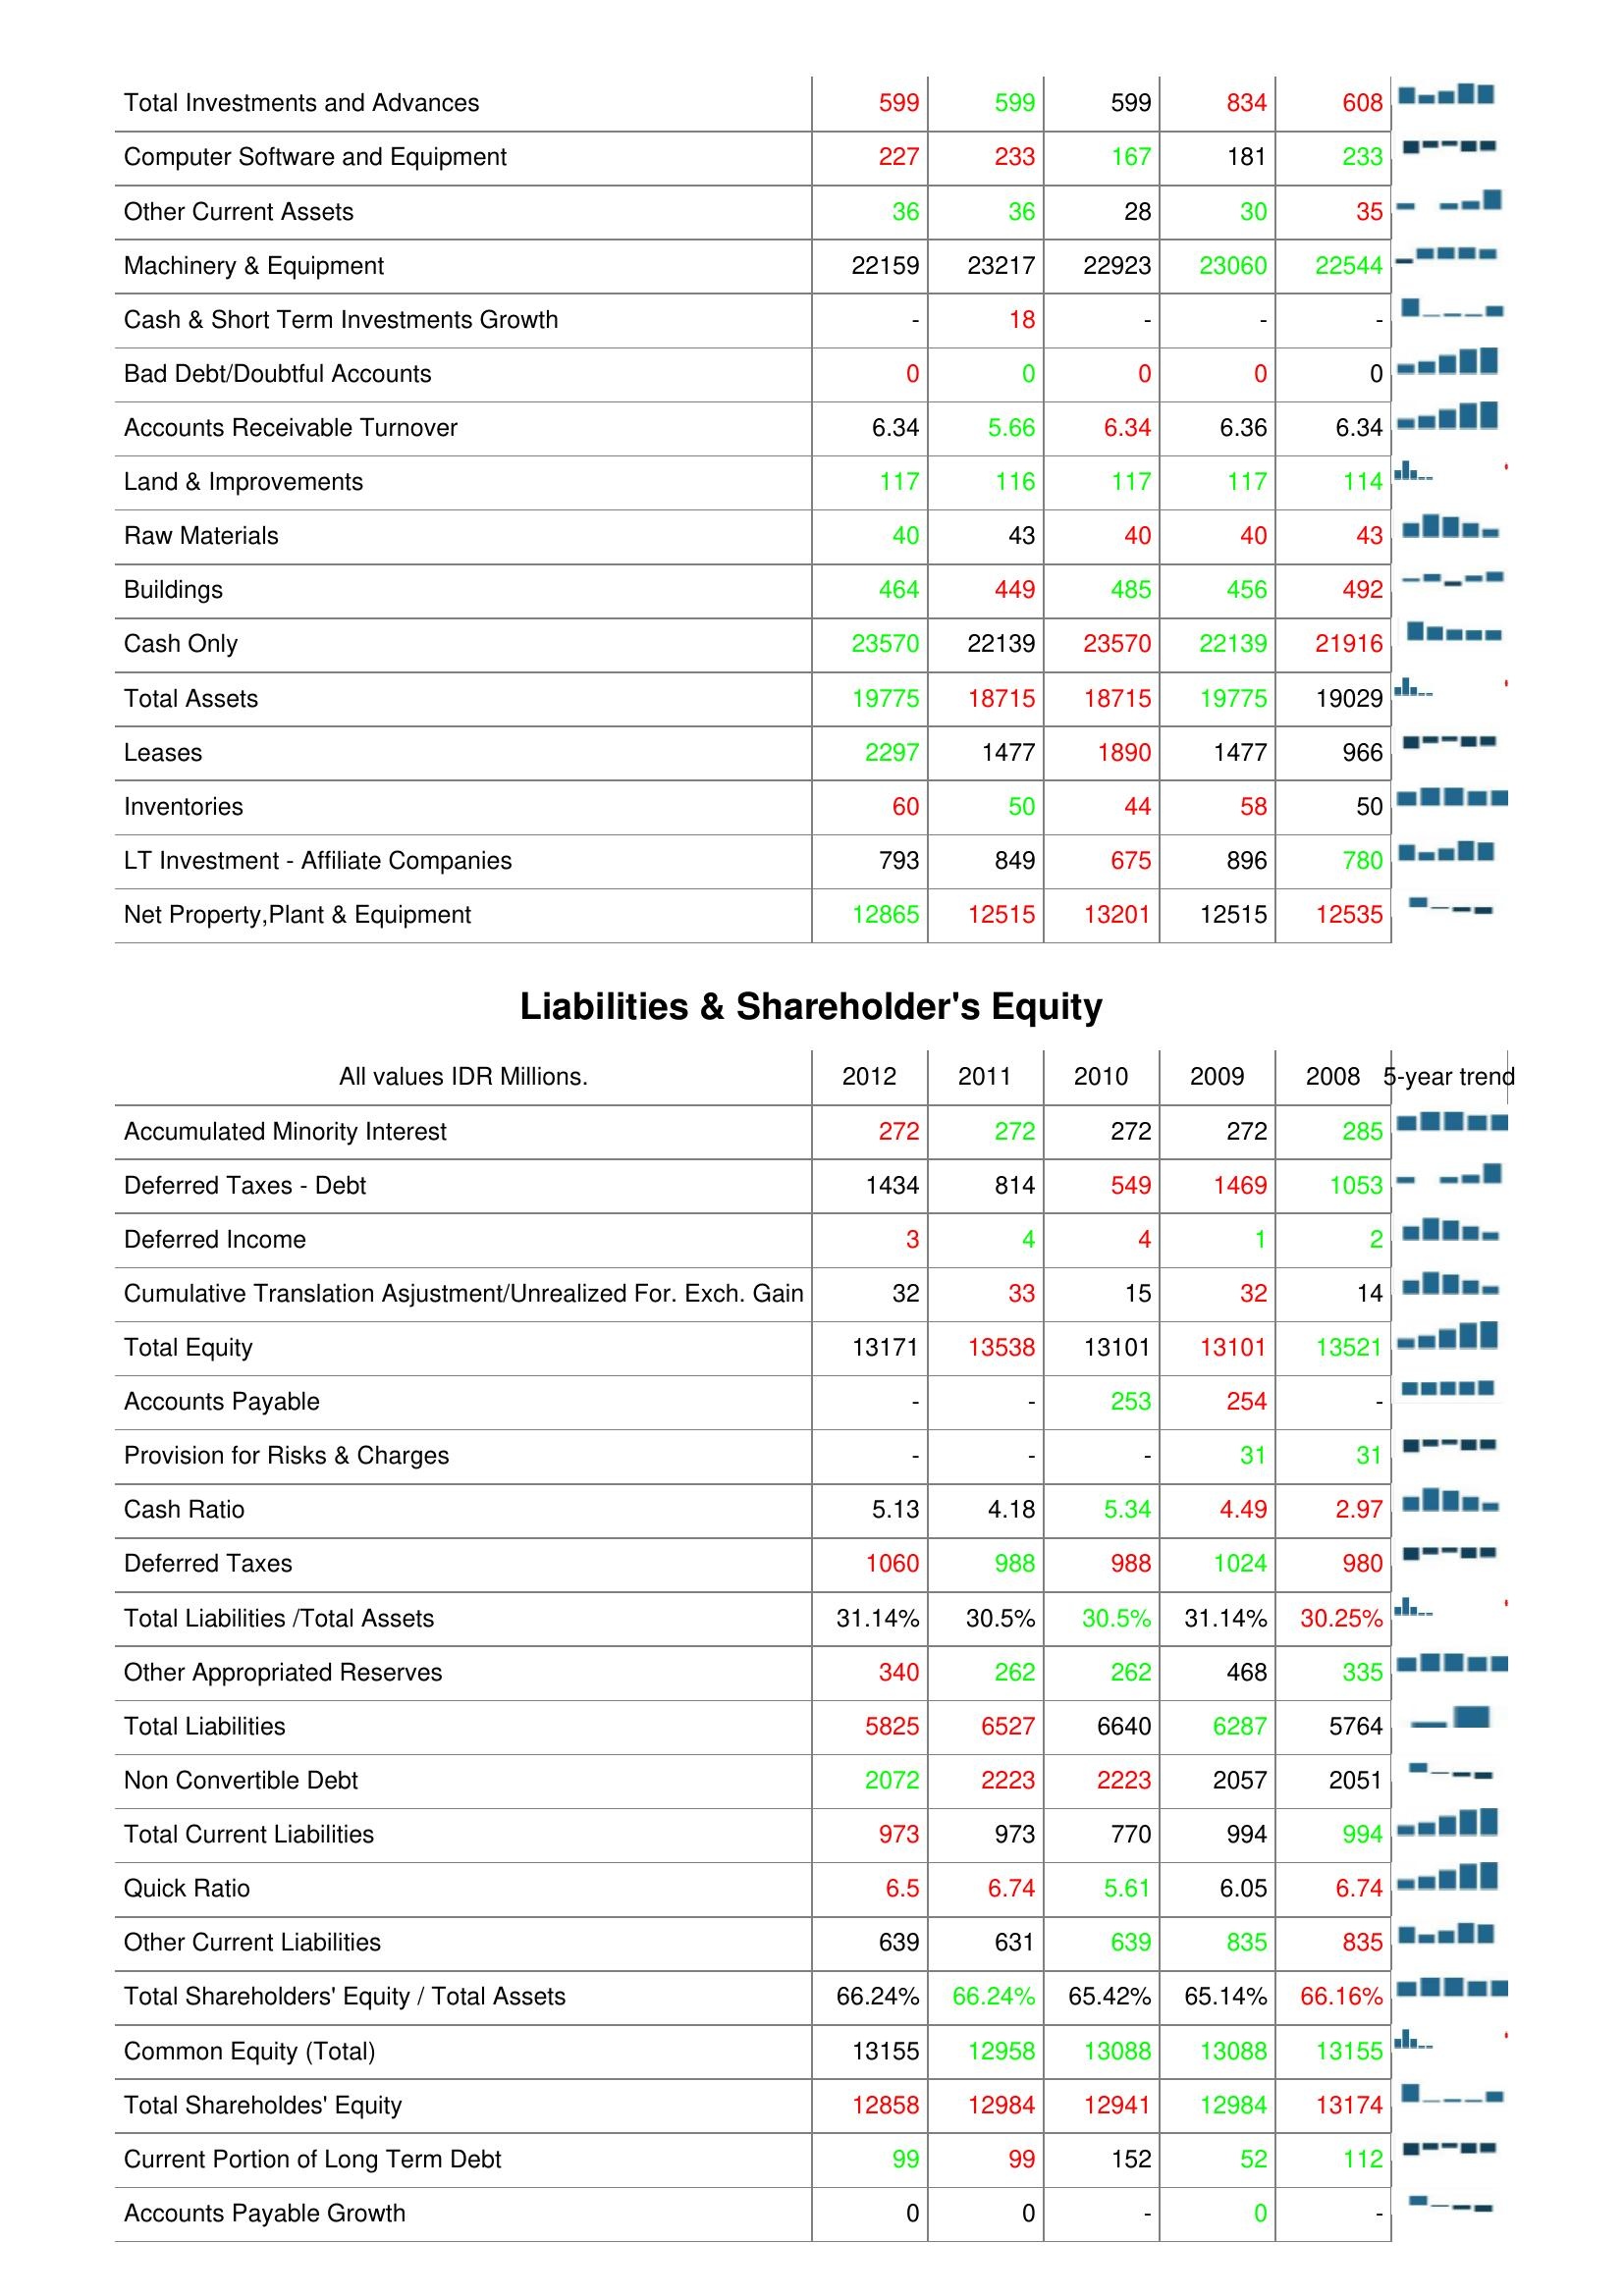
2012: Assets: Total Investments and Advances: 599
Computer Software and Equipment: 227
Other Current Assets: 36
Machinery & Equipment: 22159
Cash & Short Term Investments Growth: -
Bad Debt/Doubtful Accounts: 0
Accounts Receivable Turnover: 6.34
Land & Improvements: 117
Raw Materials: 40
Buildings: 464
Cash Only: 23570
Total Assets: 19775
Leases: 2297
Inventories: 60
LT Investment - Affiliate Companies: 793
Net Property,Plant & Equipment: 12865
Liabilities & Shareholder's Equity: Accumulated Minority Interest: 272
Deferred Taxes - Debt: 1434
Deferred Income: 3
Cumulative Translation Asjustment/Unrealized For. Exch. Gain: 32
Total Equity: 13171
Accounts Payable: -
Provision for Risks & Charges: -
Cash Ratio: 5.13
Deferred Taxes: 1060
Total Liabilities /Total Assets: 31.14%
Other Appropriated Reserves: 340
Total Liabilities: 5825
Non Convertible Debt: 2072
Total Current Liabilities: 973
Quick Ratio: 6.5
Other Current Liabilities: 639
Total Shareholders' Equity / Total Assets: 66.24%
Common Equity (Total): 13155
Total Shareholdes' Equity: 12858
Current Portion of Long Term Debt: 99
Accounts Payable Growth: 0
2011: Assets: Total Investments and Advances: 599
Computer Software and Equipment: 233
Other Current Assets: 36
Machinery & Equipment: 23217
Cash & Short Term Investments Growth: 18
Bad Debt/Doubtful Accounts: 0
Accounts Receivable Turnover: 5.66
Land & Improvements: 116
Raw Materials: 43
Buildings: 449
Cash Only: 22139
Total Assets: 18715
Leases: 1477
Inventories: 50
LT Investment - Affiliate Companies: 849
Net Property,Plant & Equipment: 12515
Liabilities & Shareholder's Equity: Accumulated Minority Interest: 272
Deferred Taxes - Debt: 814
Deferred Income: 4
Cumulative Translation Asjustment/Unrealized For. Exch. Gain: 33
Total Equity: 13538
Accounts Payable: -
Provision for Risks & Charges: -
Cash Ratio: 4.18
Deferred Taxes: 988
Total Liabilities /Total Assets: 30.5%
Other Appropriated Reserves: 262
Total Liabilities: 6527
Non Convertible Debt: 2223
Total Current Liabilities: 973
Quick Ratio: 6.74
Other Current Liabilities: 631
Total Shareholders' Equity / Total Assets: 66.24%
Common Equity (Total): 12958
Total Shareholdes' Equity: 12984
Current Portion of Long Term Debt: 99
Accounts Payable Growth: 0
2010: Assets: Total Investments and Advances: 599
Computer Software and Equipment: 167
Other Current Assets: 28
Machinery & Equipment: 22923
Cash & Short Term Investments Growth: -
Bad Debt/Doubtful Accounts: 0
Accounts Receivable Turnover: 6.34
Land & Improvements: 117
Raw Materials: 40
Buildings: 485
Cash Only: 23570
Total Assets: 18715
Leases: 1890
Inventories: 44
LT Investment - Affiliate Companies: 675
Net Property,Plant & Equipment: 13201
Liabilities & Shareholder's Equity: Accumulated Minority Interest: 272
Deferred Taxes - Debt: 549
Deferred Income: 4
Cumulative Translation Asjustment/Unrealized For. Exch. Gain: 15
Total Equity: 13101
Accounts Payable: 253
Provision for Risks & Charges: -
Cash Ratio: 5.34
Deferred Taxes: 988
Total Liabilities /Total Assets: 30.5%
Other Appropriated Reserves: 262
Total Liabilities: 6640
Non Convertible Debt: 2223
Total Current Liabilities: 770
Quick Ratio: 5.61
Other Current Liabilities: 639
Total Shareholders' Equity / Total Assets: 65.42%
Common Equity (Total): 13088
Total Shareholdes' Equity: 12941
Current Portion of Long Term Debt: 152
Accounts Payable Growth: -
2009: Assets: Total Investments and Advances: 834
Computer Software and Equipment: 181
Other Current Assets: 30
Machinery & Equipment: 23060
Cash & Short Term Investments Growth: -
Bad Debt/Doubtful Accounts: 0
Accounts Receivable Turnover: 6.36
Land & Improvements: 117
Raw Materials: 40
Buildings: 456
Cash Only: 22139
Total Assets: 19775
Leases: 1477
Inventories: 58
LT Investment - Affiliate Companies: 896
Net Property,Plant & Equipment: 12515
Liabilities & Shareholder's Equity: Accumulated Minority Interest: 272
Deferred Taxes - Debt: 1469
Deferred Income: 1
Cumulative Translation Asjustment/Unrealized For. Exch. Gain: 32
Total Equity: 13101
Accounts Payable: 254
Provision for Risks & Charges: 31
Cash Ratio: 4.49
Deferred Taxes: 1024
Total Liabilities /Total Assets: 31.14%
Other Appropriated Reserves: 468
Total Liabilities: 6287
Non Convertible Debt: 2057
Total Current Liabilities: 994
Quick Ratio: 6.05
Other Current Liabilities: 835
Total Shareholders' Equity / Total Assets: 65.14%
Common Equity (Total): 13088
Total Shareholdes' Equity: 12984
Current Portion of Long Term Debt: 52
Accounts Payable Growth: 0
2008: Assets: Total Investments and Advances: 608
Computer Software and Equipment: 233
Other Current Assets: 35
Machinery & Equipment: 22544
Cash & Short Term Investments Growth: -
Bad Debt/Doubtful Accounts: 0
Accounts Receivable Turnover: 6.34
Land & Improvements: 114
Raw Materials: 43
Buildings: 492
Cash Only: 21916
Total Assets: 19029
Leases: 966
Inventories: 50
LT Investment - Affiliate Companies: 780
Net Property,Plant & Equipment: 12535
Liabilities & Shareholder's Equity: Accumulated Minority Interest: 285
Deferred Taxes - Debt: 1053
Deferred Income: 2
Cumulative Translation Asjustment/Unrealized For. Exch. Gain: 14
Total Equity: 13521
Accounts Payable: -
Provision for Risks & Charges: 31
Cash Ratio: 2.97
Deferred Taxes: 980
Total Liabilities /Total Assets: 30.25%
Other Appropriated Reserves: 335
Total Liabilities: 5764
Non Convertible Debt: 2051
Total Current Liabilities: 994
Quick Ratio: 6.74
Other Current Liabilities: 835
Total Shareholders' Equity / Total Assets: 66.16%
Common Equity (Total): 13155
Total Shareholdes' Equity: 13174
Current Portion of Long Term Debt: 112
Accounts Payable Growth: -